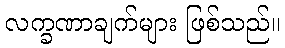
လက္ခဏာချက်များ ဖြစ်သည်။